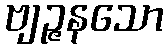
ဗျဉ္ဇနသော